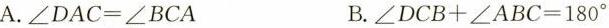
A.$$∠ D A C = ∠ B C A $$ B. $$∠ D C B + ∠ A B C =1 8 0 °$$